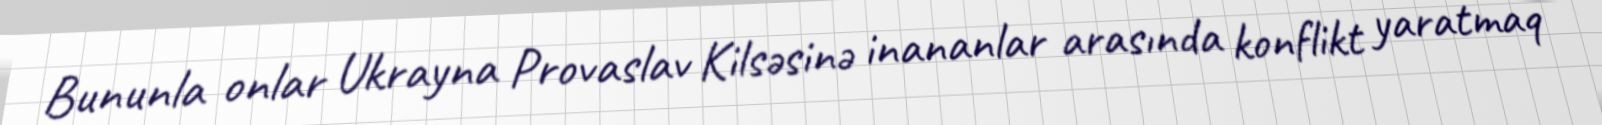
Bununla onlar Ukrayna Provaslav Kilsəsinə inananlar arasında konflikt yaratmaq